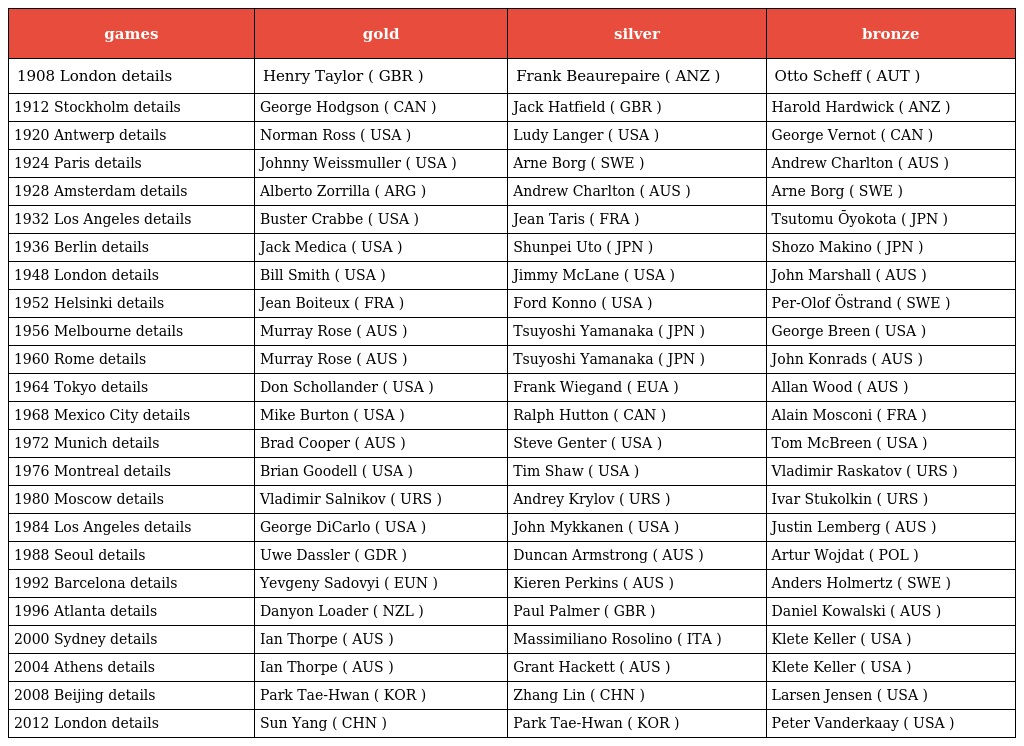
| games | gold | silver | bronze |
 | --- | --- | --- | --- |
 | 1908 London details | Henry Taylor ( GBR ) | Frank Beaurepaire ( ANZ ) | Otto Scheff ( AUT ) |
 | 1912 Stockholm details | George Hodgson ( CAN ) | Jack Hatfield ( GBR ) | Harold Hardwick ( ANZ ) |
 | 1920 Antwerp details | Norman Ross ( USA ) | Ludy Langer ( USA ) | George Vernot ( CAN ) |
 | 1924 Paris details | Johnny Weissmuller ( USA ) | Arne Borg ( SWE ) | Andrew Charlton ( AUS ) |
 | 1928 Amsterdam details | Alberto Zorrilla ( ARG ) | Andrew Charlton ( AUS ) | Arne Borg ( SWE ) |
 | 1932 Los Angeles details | Buster Crabbe ( USA ) | Jean Taris ( FRA ) | Tsutomu Ōyokota ( JPN ) |
 | 1936 Berlin details | Jack Medica ( USA ) | Shunpei Uto ( JPN ) | Shozo Makino ( JPN ) |
 | 1948 London details | Bill Smith ( USA ) | Jimmy McLane ( USA ) | John Marshall ( AUS ) |
 | 1952 Helsinki details | Jean Boiteux ( FRA ) | Ford Konno ( USA ) | Per-Olof Östrand ( SWE ) |
 | 1956 Melbourne details | Murray Rose ( AUS ) | Tsuyoshi Yamanaka ( JPN ) | George Breen ( USA ) |
 | 1960 Rome details | Murray Rose ( AUS ) | Tsuyoshi Yamanaka ( JPN ) | John Konrads ( AUS ) |
 | 1964 Tokyo details | Don Schollander ( USA ) | Frank Wiegand ( EUA ) | Allan Wood ( AUS ) |
 | 1968 Mexico City details | Mike Burton ( USA ) | Ralph Hutton ( CAN ) | Alain Mosconi ( FRA ) |
 | 1972 Munich details | Brad Cooper ( AUS ) | Steve Genter ( USA ) | Tom McBreen ( USA ) |
 | 1976 Montreal details | Brian Goodell ( USA ) | Tim Shaw ( USA ) | Vladimir Raskatov ( URS ) |
 | 1980 Moscow details | Vladimir Salnikov ( URS ) | Andrey Krylov ( URS ) | Ivar Stukolkin ( URS ) |
 | 1984 Los Angeles details | George DiCarlo ( USA ) | John Mykkanen ( USA ) | Justin Lemberg ( AUS ) |
 | 1988 Seoul details | Uwe Dassler ( GDR ) | Duncan Armstrong ( AUS ) | Artur Wojdat ( POL ) |
 | 1992 Barcelona details | Yevgeny Sadovyi ( EUN ) | Kieren Perkins ( AUS ) | Anders Holmertz ( SWE ) |
 | 1996 Atlanta details | Danyon Loader ( NZL ) | Paul Palmer ( GBR ) | Daniel Kowalski ( AUS ) |
 | 2000 Sydney details | Ian Thorpe ( AUS ) | Massimiliano Rosolino ( ITA ) | Klete Keller ( USA ) |
 | 2004 Athens details | Ian Thorpe ( AUS ) | Grant Hackett ( AUS ) | Klete Keller ( USA ) |
 | 2008 Beijing details | Park Tae-Hwan ( KOR ) | Zhang Lin ( CHN ) | Larsen Jensen ( USA ) |
 | 2012 London details | Sun Yang ( CHN ) | Park Tae-Hwan ( KOR ) | Peter Vanderkaay ( USA ) |